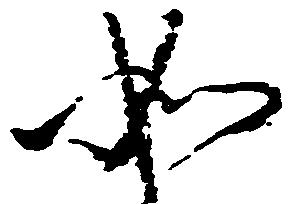
如